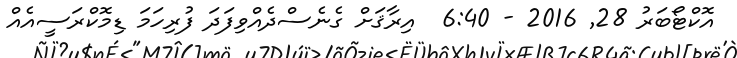
އޮކްޓޯބަރު 28